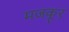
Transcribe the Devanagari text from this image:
मजकूर्